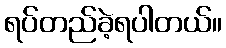
ရပ်တည်ခဲ့ရပါတယ်။